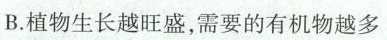
B.植物生长越旺盛，需要的有机物越多